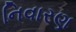
નિવારણ